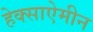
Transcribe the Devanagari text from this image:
हेक्साऐमीन